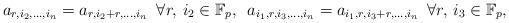
LaTeX: \begin{align*}a_{r,i_2,\dots,i_n}=a_{r,i_2+r,\dots,i_n}\,\,\,\forall r,\,i_2\in{\mathbb F}_p,\,\,\,a_{i_1,r,i_3,\dots,i_n}=a_{i_1,r,i_3+r,\dots,i_n}\,\,\,\forall r,\,i_3\in{\mathbb F}_p,\end{align*}